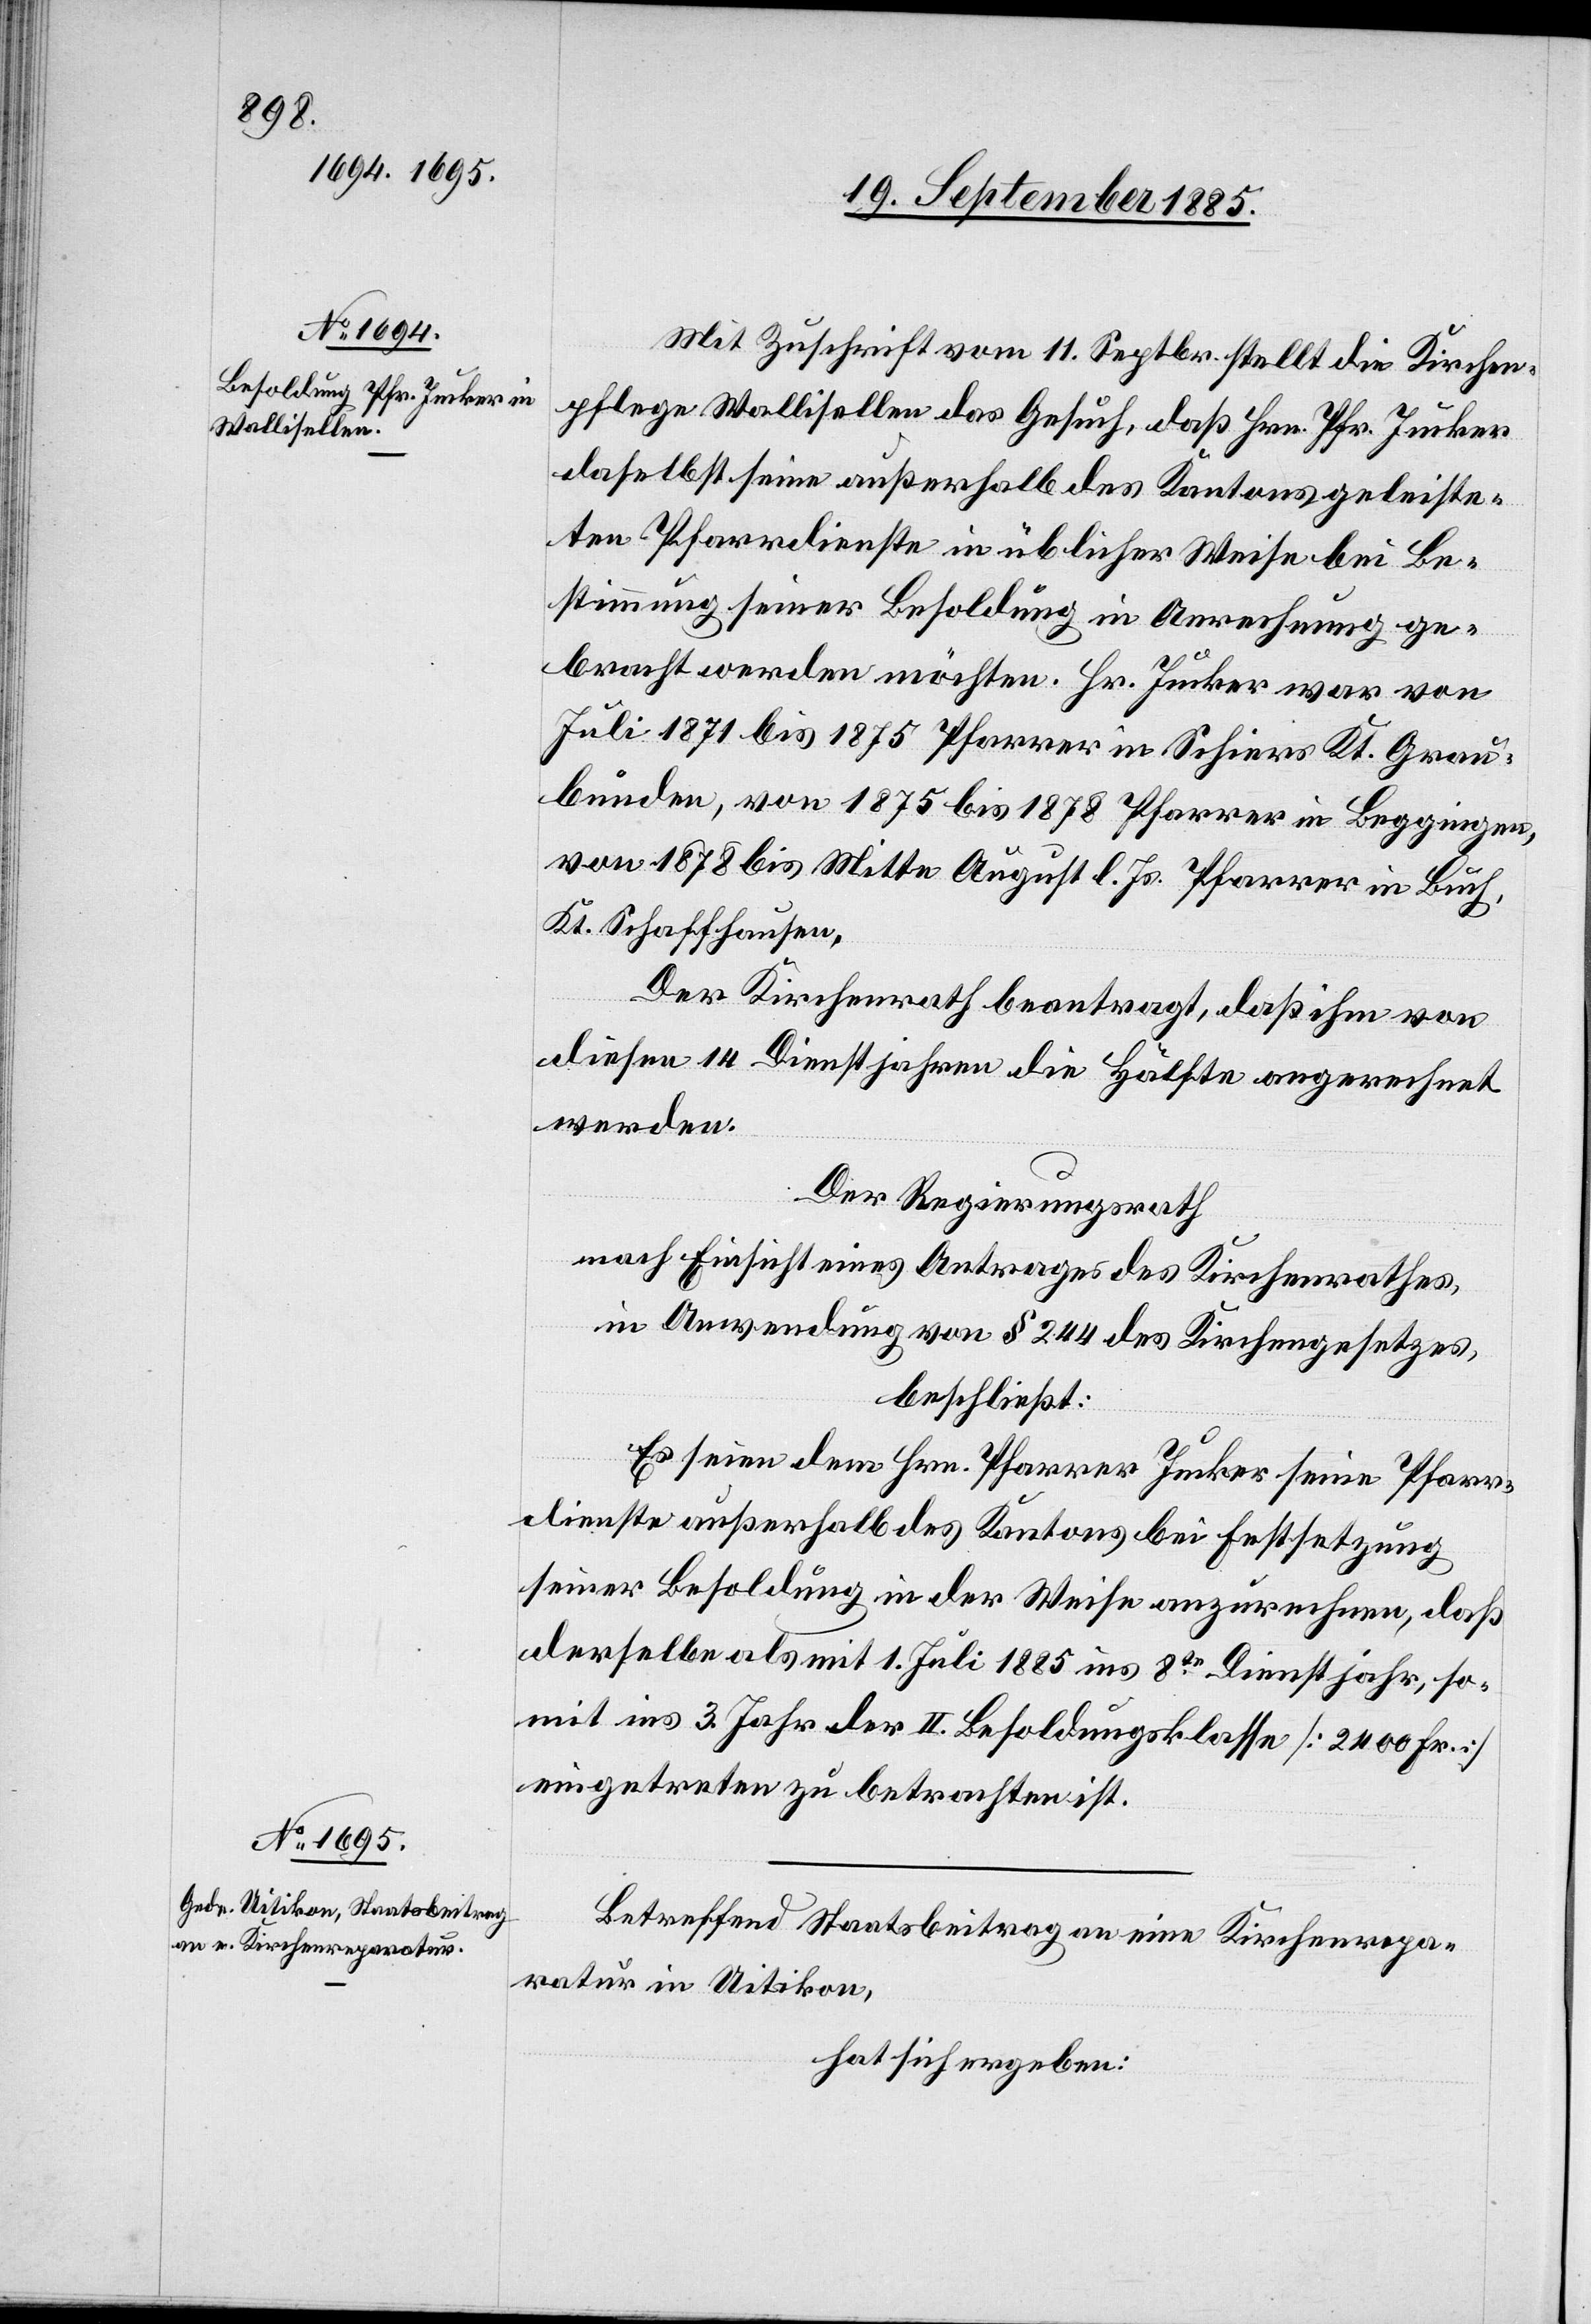
Mit Zuschrift vom 11. Septbr. stellt die Kirchen¬
pflege Wallisellen das Gesuch, daß Hrn. Pfr. Jucker
daselbst seine außerhalb des Kantons geleiste¬
ten Pfarrdienste in üblicher Weise bei Be¬
stimmung seiner Besoldung in Anrechnung ge¬
bracht werden möchten. Hr. Jucker war von
Juli 1871 bis 1875 Pfarrer in Schiers Kt. Grau¬
bünden, von 1875 bis 1878 Pfarrer in Beggingen,
von 1878 bis Mitte August l. Js. Pfarrer in Buch,
Kt. Schaffhausen.
Der Kirchenrath beantragt, daß ihm von
diesen 14 Dienstjahren die Hälfte angerechnet
werden.
Der Regierungsrath
nach Einsicht eines Antrages des Kirchenrathes,
in Anwendung von § 244 des Kirchengesetzes,
beschließt:
Es seien dem Hrn. Pfarrer Jucker seine Pfarr¬
dienste außerhalb des Kantons bei Festsetzung
seiner Besoldung in der Weise anzurechnen, daß
derselbe als mit 1. Juli 1885 ins 8te Dienstjahr, so¬
mit ins 3. Jahr der II. Besoldungsklasse [2400 Fr.]
eingetreten zu betrachten ist.
Betreffend Staatsbeitrag an eine Kirchenrepa¬
ratur in Uitikon,
hat sich ergeben: